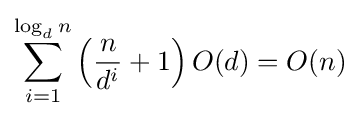
\sum _{i=1}^{\log _{d}n}\left({\frac {n}{d^{i}}}+1\right)O(d)=O(n)